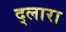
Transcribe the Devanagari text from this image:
द्लारा